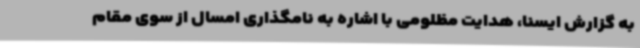
به گزارش ایسنا، هدایت مظلومی با اشاره به نامگذاری امسال از سوی مقام